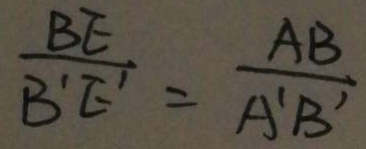
\frac { B E } { B ^ { \prime } E ^ { \prime } } = \frac { A B } { A ^ { \prime } B ^ { \prime } }